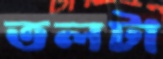
তলটা